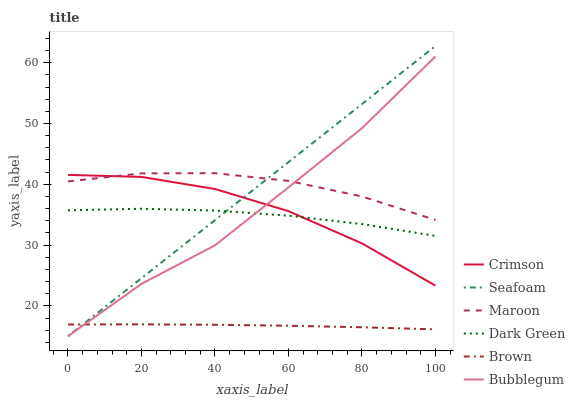
| xaxis_label | Crimson | Seafoam | Maroon | Dark Green | Brown | Bubblegum |
 | --- | --- | --- | --- | --- | --- | --- |
 | 0 | 41.5 | 15 | 40.5 | 35.7 | 16.9 | 15 |
 | 20 | 41.2 | 24.6 | 41.8 | 36 | 17 | 23.6 |
 | 40 | 39.2 | 34.1 | 41.8 | 35.7 | 16.9 | 30 |
 | 60 | 35.6 | 43.7 | 40.6 | 34.8 | 16.7 | 39.5 |
 | 80 | 30.3 | 53.2 | 38 | 33.5 | 16.5 | 49.2 |
 | 100 | 23.3 | 62.8 | 34.1 | 31.5 | 16.1 | 61 |